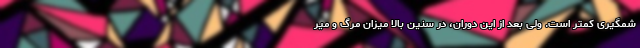
شمگیری کمتر است. ولی بعد از این دوران، در سنین بالا میزان مرگ و میر